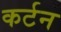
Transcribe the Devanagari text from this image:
कर्टन